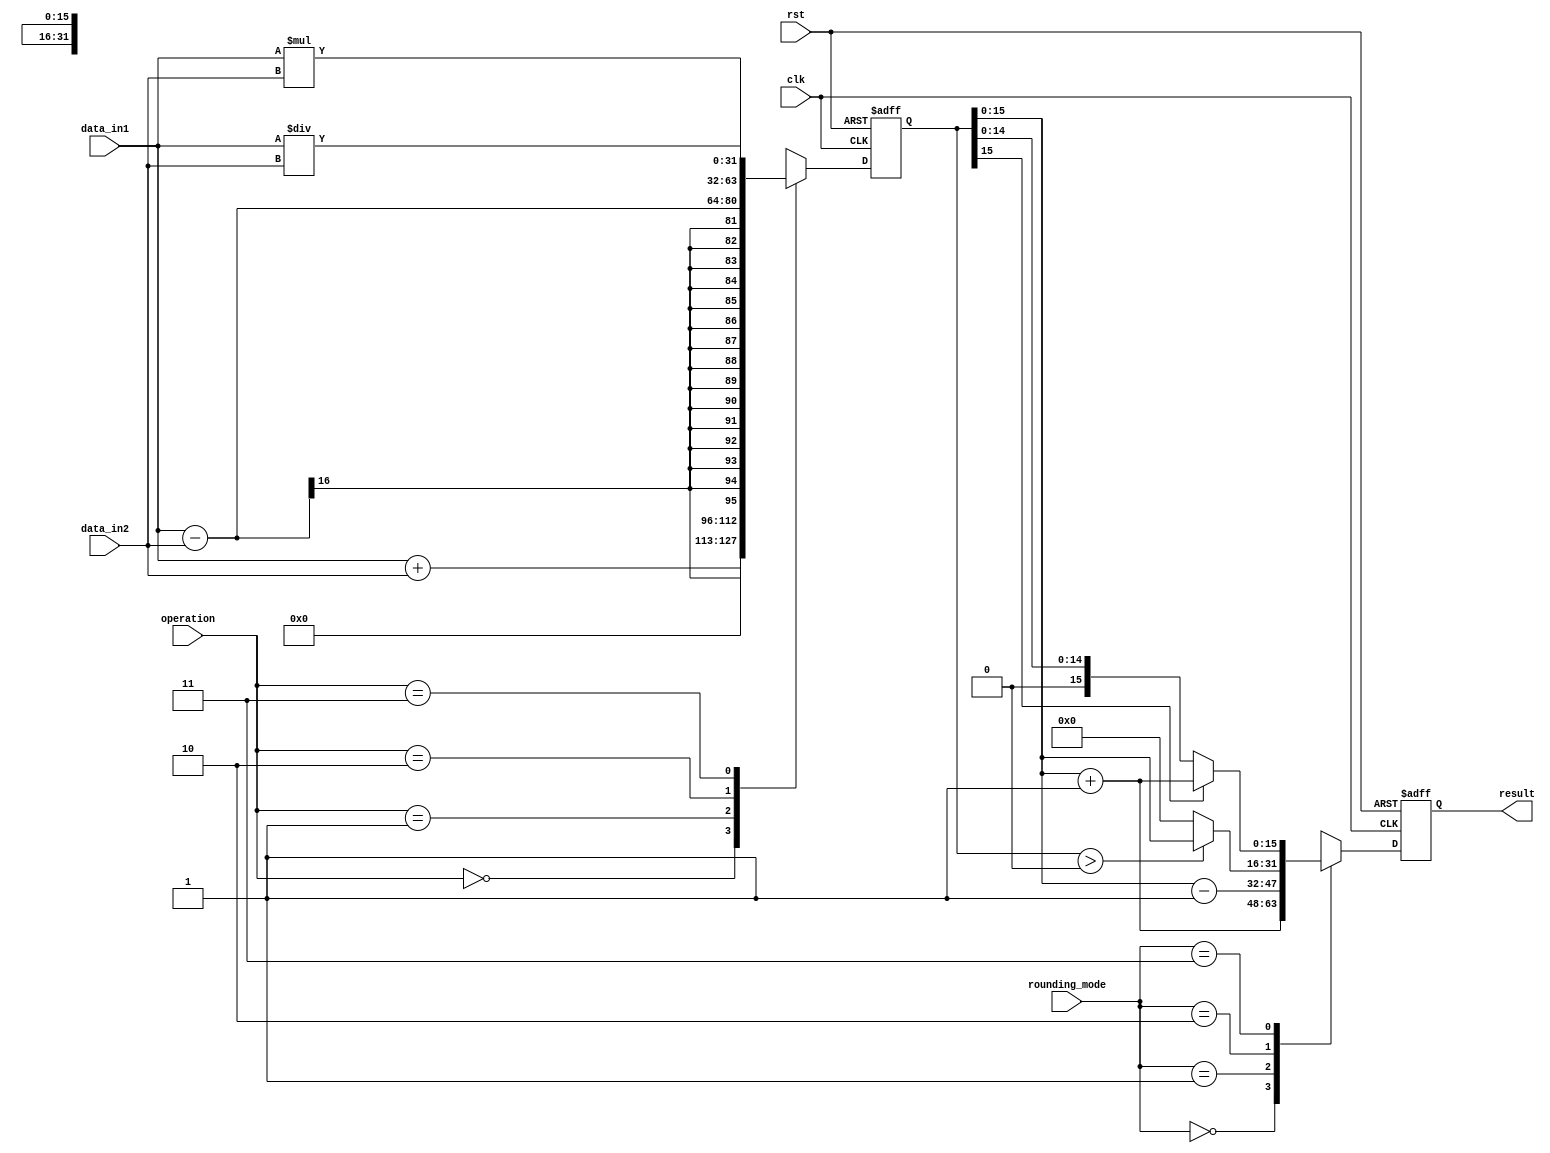
module rounding_unit (
  input wire clk,
  input wire rst,
  input wire [15:0] data_in1,
  input wire [15:0] data_in2,
  input wire [1:0] operation, // 00: add, 01: subtract, 10: multiply, 11: divide
  input wire [1:0] rounding_mode, // 00: round up, 01: round down, 10: round to zero, 11: round to nearest
  output reg [15:0] result
);

reg [31:0] temp_result;

always @ (posedge clk or posedge rst) begin
  if (rst) begin
    temp_result <= 16'b0;
    result <= 16'b0;
  end else begin
    case(operation)
      2'b00: temp_result <= data_in1 + data_in2; // addition
      2'b01: temp_result <= data_in1 - data_in2; // subtraction
      2'b10: temp_result <= data_in1 * data_in2; // multiplication
      2'b11: temp_result <= data_in1 / data_in2; // division
    endcase

    case(rounding_mode)
      2'b00: result <= temp_result + 1; // round up
      2'b01: result <= temp_result - 1; // round down
      2'b10: result <= (temp_result > 0) ? temp_result : 0; // round to zero
      2'b11: result <= (temp_result[15] == 1) ? temp_result + 1 : temp_result; // round to nearest
    endcase
  end
end

endmodule